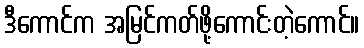
ဒီကောင်က အမြင်ကတ်ဖို့ကောင်းတဲ့ကောင်။